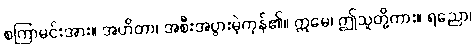
စကြာမင်းအား။ အဟိတာ၊ အစီးအပွားမဲ့ကုန်၏။ ဣမေ၊ ဤသူတို့ကား။ ရညော၊